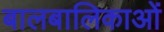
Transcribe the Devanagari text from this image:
बालबालिकाओं